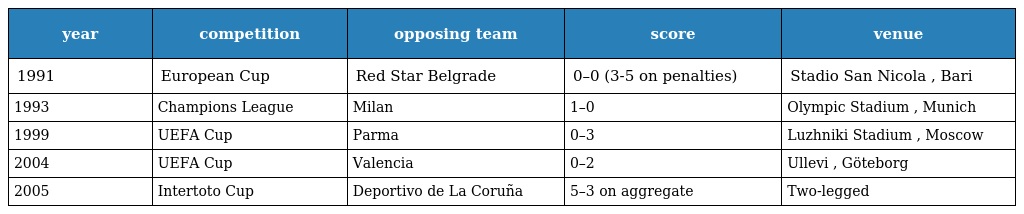
| year | competition | opposing team | score | venue |
 | --- | --- | --- | --- | --- |
 | 1991 | European Cup | Red Star Belgrade | 0–0 (3-5 on penalties) | Stadio San Nicola , Bari |
 | 1993 | Champions League | Milan | 1–0 | Olympic Stadium , Munich |
 | 1999 | UEFA Cup | Parma | 0–3 | Luzhniki Stadium , Moscow |
 | 2004 | UEFA Cup | Valencia | 0–2 | Ullevi , Göteborg |
 | 2005 | Intertoto Cup | Deportivo de La Coruña | 5–3 on aggregate | Two-legged |